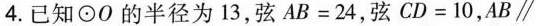
4.已知⊙O的半径为13，弦$$AB=24$$，弦AB=24,弦$$CD=10$$，AB\parallel